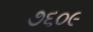
૭૬૦૯